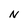
Character: N